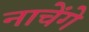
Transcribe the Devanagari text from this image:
नाचेंगे